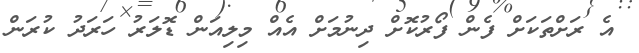
އެ ރަށްތަކަށް ފެން ފޯރުކޮށް ދިނުމަށް އެއް މިލިއަން ޑޮލަރު ހަރަދު ކުރަން